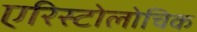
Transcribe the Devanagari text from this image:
एरिस्टोलोचिक